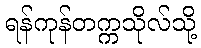
ရန်ကုန်တက္ကသိုလ်သို့